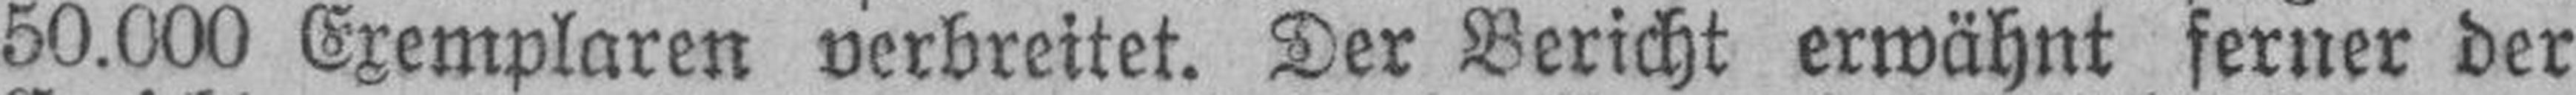
50.000 Exemplaren verbreitet. Der Bericht erwähnt ferner der